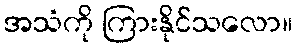
အသံကို ကြားနိုင်သလော။